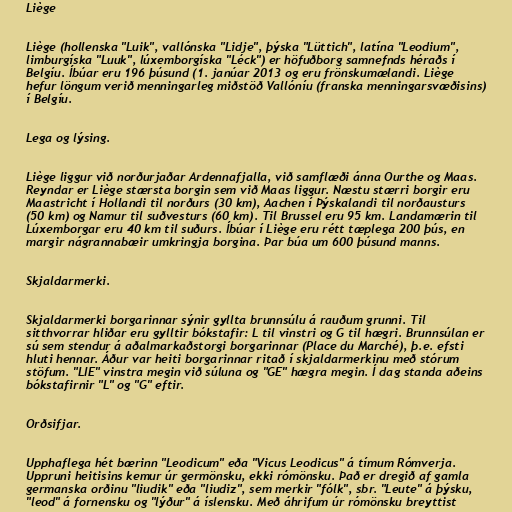
Liège

Liège (hollenska "Luik", vallónska "Lidje", þýska "Lüttich", latína "Leodium",
limburgíska "Luuk", lúxemborgíska "Léck") er höfuðborg samnefnds héraðs í
Belgíu. Íbúar eru 196 þúsund (1. janúar 2013 og eru frönskumælandi. Liège
hefur löngum verið menningarleg miðstöð Vallóníu (franska menningarsvæðisins)
í Belgíu.

Lega og lýsing.

Liège liggur við norðurjaðar Ardennafjalla, við samflæði ánna Ourthe og Maas.
Reyndar er Liège stærsta borgin sem við Maas liggur. Næstu stærri borgir eru
Maastricht í Hollandi til norðurs (30 km), Aachen í Þýskalandi til norðausturs
(50 km) og Namur til suðvesturs (60 km). Til Brussel eru 95 km. Landamærin til
Lúxemborgar eru 40 km til suðurs. Íbúar í Liège eru rétt tæplega 200 þús, en
margir nágrannabæir umkringja borgina. Þar búa um 600 þúsund manns.

Skjaldarmerki.

Skjaldarmerki borgarinnar sýnir gyllta brunnsúlu á rauðum grunni. Til
sitthvorrar hliðar eru gylltir bókstafir: L til vinstri og G til hægri. Brunnsúlan er
sú sem stendur á aðalmarkaðstorgi borgarinnar (Place du Marché), þ.e. efsti
hluti hennar. Áður var heiti borgarinnar ritað í skjaldarmerkinu með stórum
stöfum. "LIE" vinstra megin við súluna og "GE" hægra megin. Í dag standa aðeins
bókstafirnir "L" og "G" eftir.

Orðsifjar.

Upphaflega hét bærinn "Leodicum" eða "Vicus Leodicus" á tímum Rómverja.
Uppruni heitisins kemur úr germönsku, ekki rómönsku. Það er dregið af gamla
germanska orðinu "liudik" eða "liudiz", sem merkir "fólk", sbr. "Leute" á þýsku,
"leod" á fornensku og "lýður" á íslensku. Með áhrifum úr rómönsku breyttist